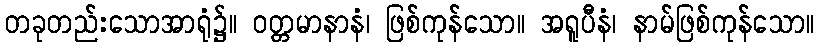
တခုတည်းသောအာရုံ၌။ ဝတ္တမာနာနံ၊ ဖြစ်ကုန်သော။ အရူပီနံ၊ နာမ်ဖြစ်ကုန်သော။